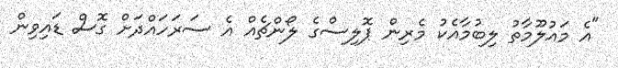
"އެ މައުލޫމާތު ލިބުމާއެކު މެރިން ޕޮލިސްގެ ލޯންޗެއް އެ ސަރަހައްދަށް ގޮސް ޑައިވިން